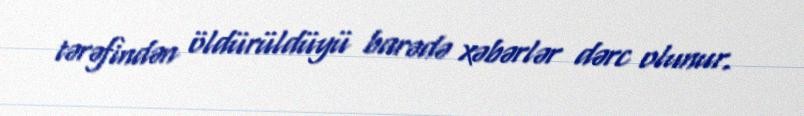
tərəfindən öldürüldüyü barədə xəbərlər dərc olunur.